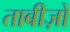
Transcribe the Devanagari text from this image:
ताबीज़ों